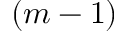
( m - 1 )